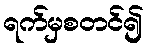
ရက်မှစတင်၍